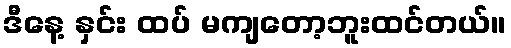
ဒီနေ့ နှင်း ထပ် မကျတော့ဘူးထင်တယ်။